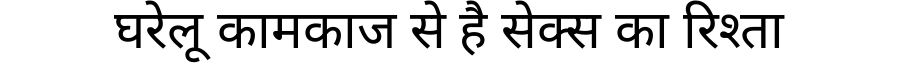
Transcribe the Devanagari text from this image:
घरेलू कामकाज से है सेक्स का रिश्ता